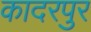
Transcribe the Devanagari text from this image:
कादरपुर